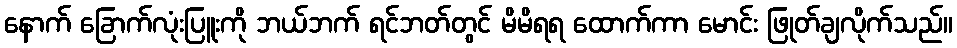
နောက် ခြောက်လုံးပြူးကို ဘယ်ဘက် ရင်ဘတ်တွင် မိမိရရ ထောက်ကာ မောင်း ဖြုတ်ချလိုက်သည်။